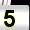
Digit: 5